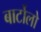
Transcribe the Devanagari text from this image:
बार्टोलो